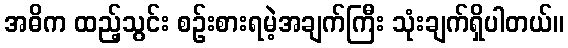
အဓိက ထည့်သွင်း စဉ်းစားရမဲ့အချက်ကြီး သုံးချက်ရှိပါတယ်။